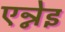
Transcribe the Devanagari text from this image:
एन्नेइ